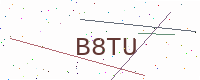
Text: B8TU